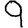
Digit: 9